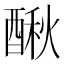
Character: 𨡲